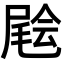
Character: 𡳃